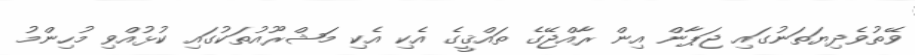
ވޭތުވެދިޔަތަނުގައި ޖަޕާން އިން ރާއްޖޭގެ ތައްޤީގެ އެކި އެކި މަޝްރޫއުތަކުގައި ކުޅުއްވި މުހިންމު